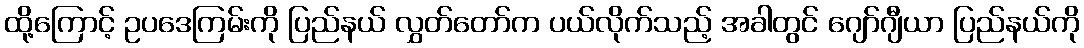
ထို့ကြောင့် ဥပဒေကြမ်းကို ပြည်နယ် လွှတ်တော်က ပယ်လိုက်သည့် အခါတွင် ဂျော်ဂျီယာ ပြည်နယ်ကို